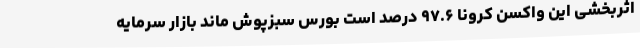
اثربخشی این واکسن کرونا ۹۷.۶ درصد است بورس سبزپوش ماند بازار سرمایه